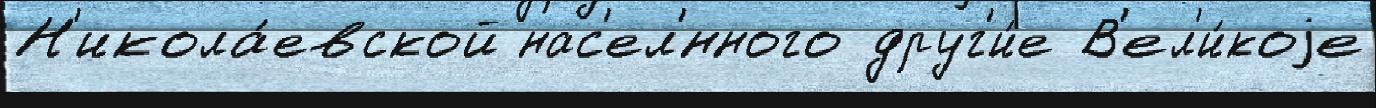
Н'икола́евской нас'ел'́нного друг'и́е В'ел'и́коjе